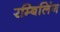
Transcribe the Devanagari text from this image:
रम्बिलिंग